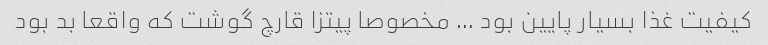
کیفیت غذا بسیار پایین بود … مخصوصا پیتزا قارچ گوشت که واقعا بد بود